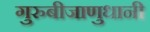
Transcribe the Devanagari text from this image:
गुरुबीजाणुधानी